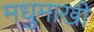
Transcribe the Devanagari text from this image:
मधुमाखी